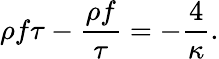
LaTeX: \rho f\tau-{\frac{\rho f}{\tau}}=-{\frac{4}{\kappa}}.